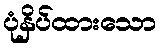
ပုံနှိပ်ထားသော